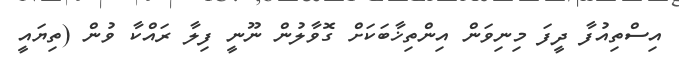
އިސްތިއުފާ ދީފަ މިނިވަން އިންތިޚާބަކަށް ގޮވާލުން ނޫނީ ފިލާ ރައްކާ ވުން (ތިޔައީ